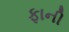
ફાની